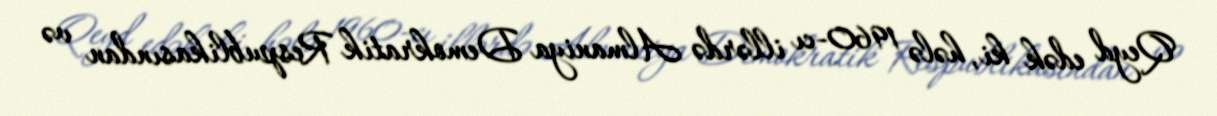
Qeyd edək ki, hələ 1960-cı illərdə Almaniya Demokratik Respublikasından və